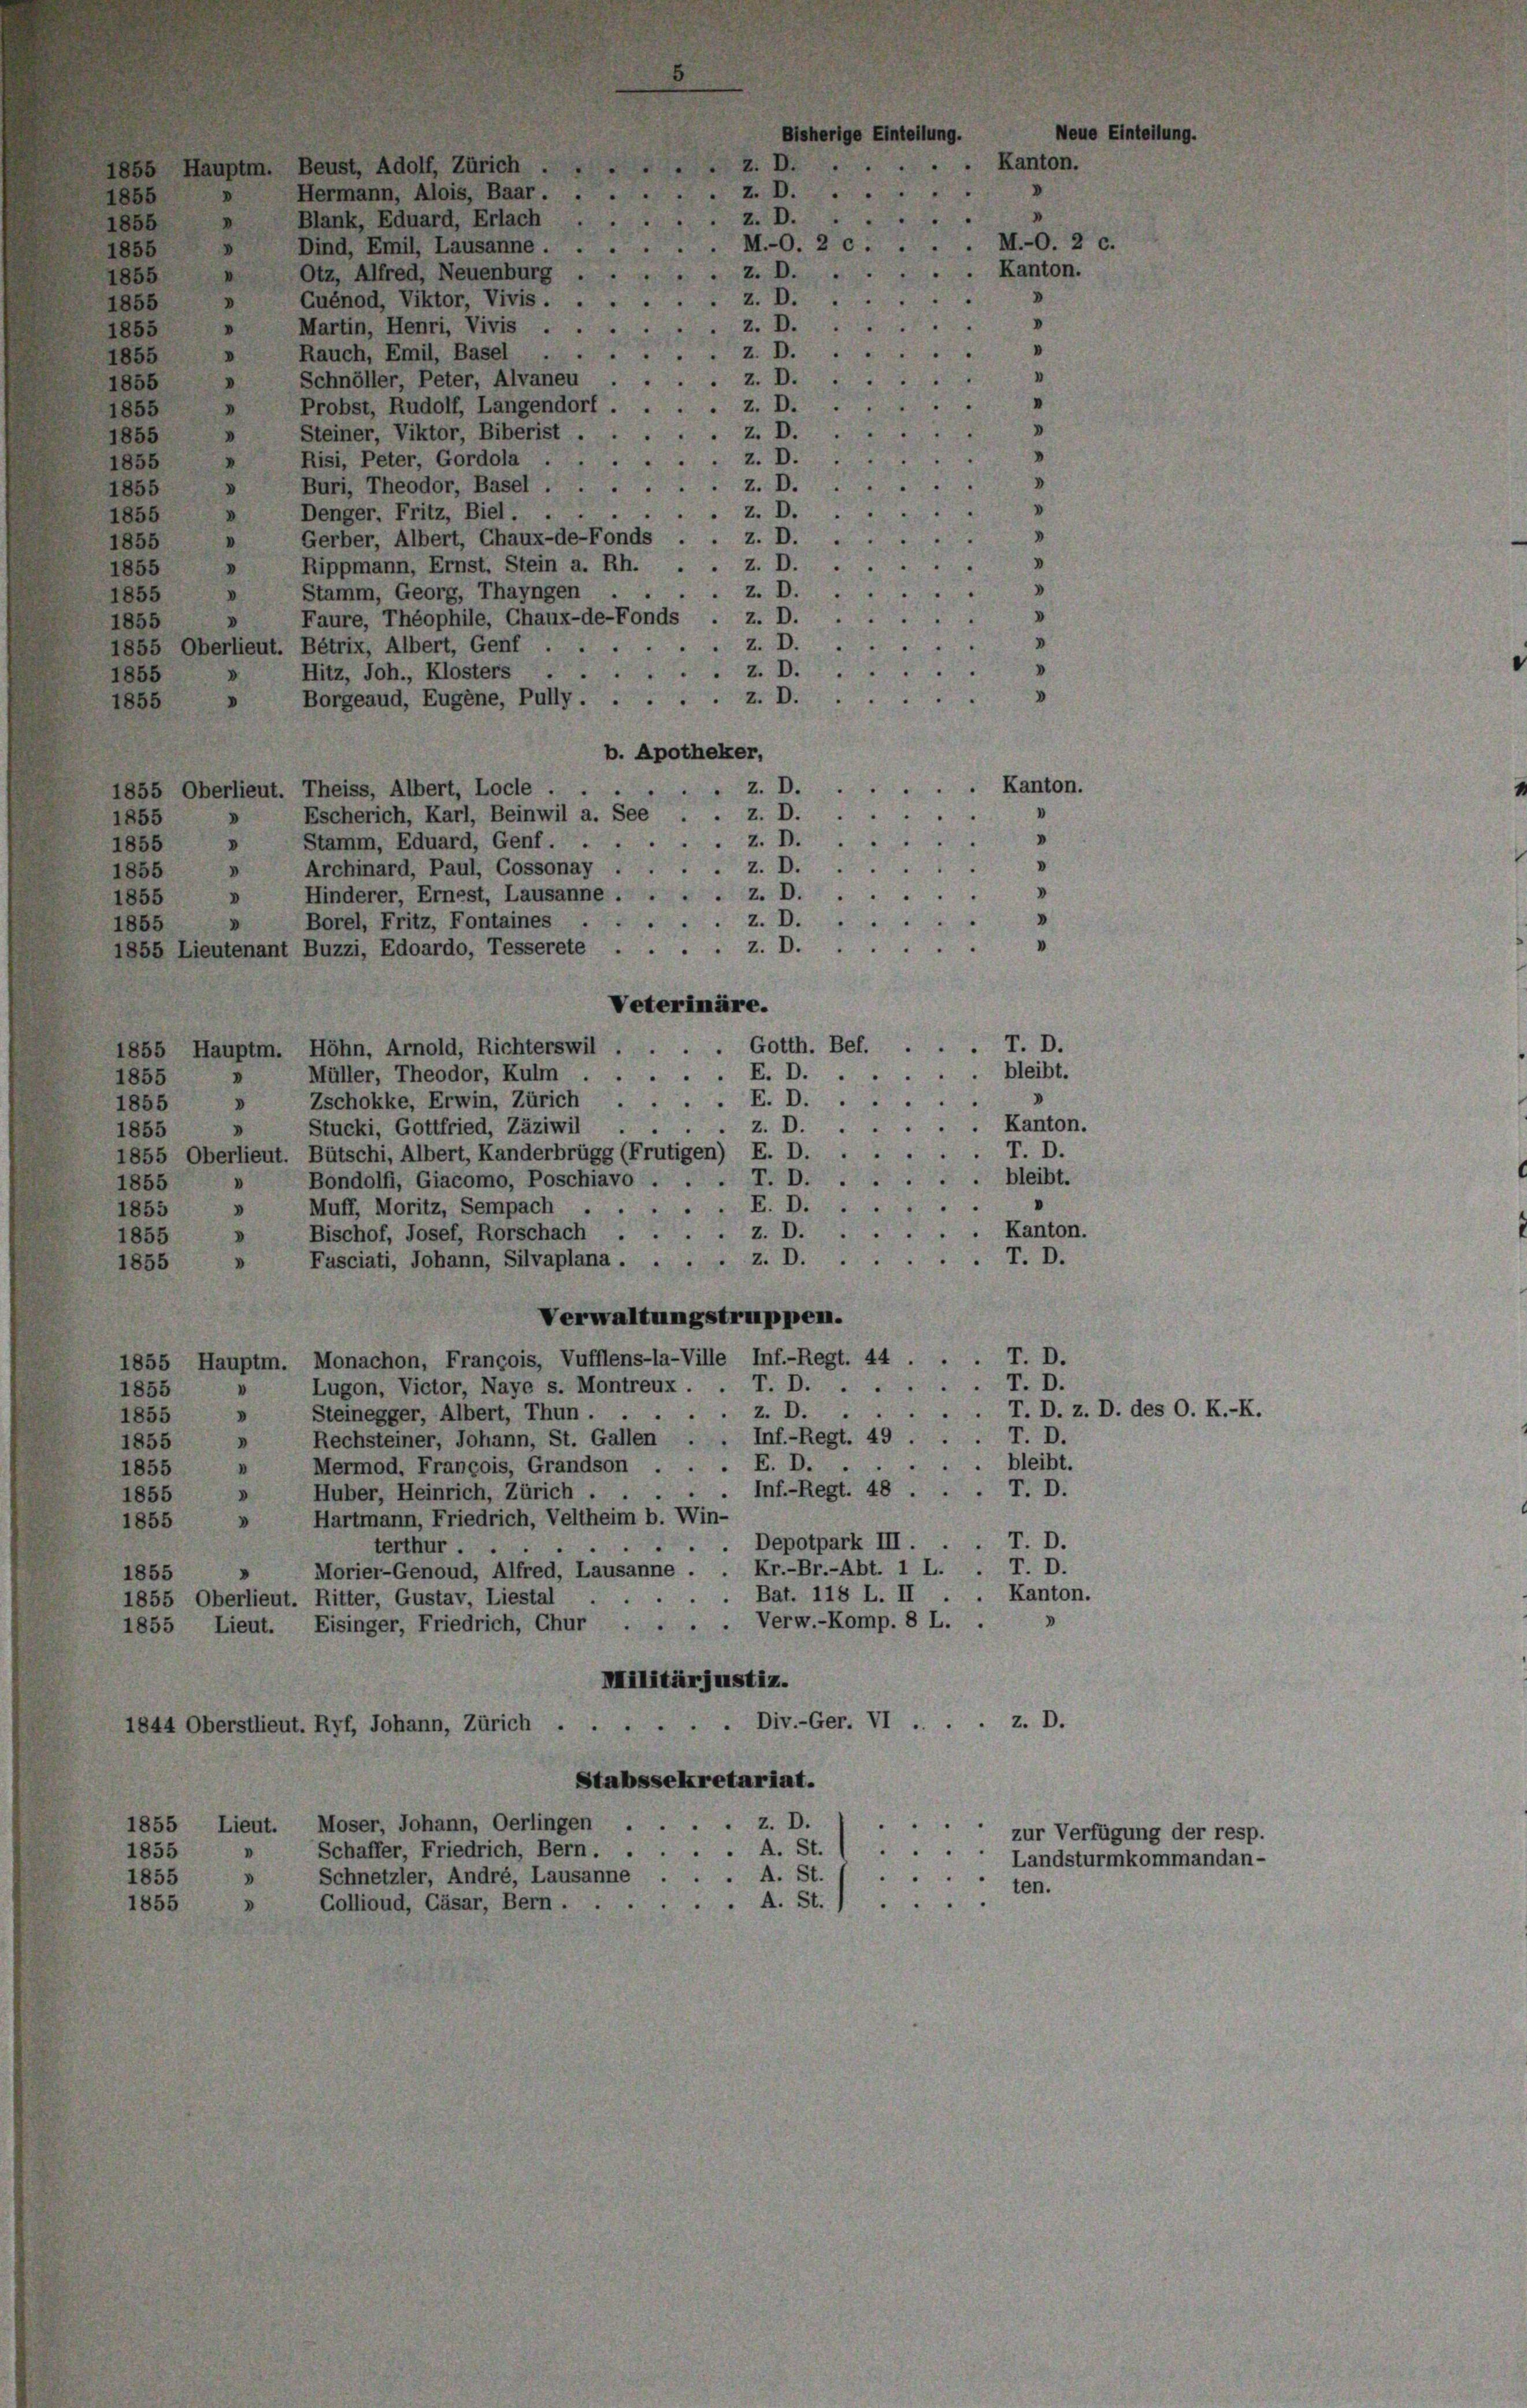
1855
d
1855
V
Martin, Henri, Vivis .
"
855
» Rauch, Emil, Basel
1855
»
Schnöller, Peter, Alvaneu
855
d
.
Probst, Rudolf, Langendorf
1855
.
Steiner, Viktor, Biberist
e
z. D.
1855
v
Risi, Peter, Gordola
z. D.
1855
z. D.
Buri, Theodor, Basel .
855
z. D.
Denger. Fritz, Biel.
855
z. D.
Gerber, Albert, Chaux-de-Fonds
V
1855
Rippmann, Ernst. Stein a. Rh.
z. D.
V
1855
Stamm, Georg, Thayngen .
z. D.
V
1855
z. D.
Faure, Théophile, Chaux-de-Fonds
d
1855
V
z. D.
1855 Oberlieut. Bétrix, Albert, Genf . .
z. D.
v
Hitz, Joh., Klosters ..
1855
d
z. D.
Borgeaud, Eugene, Pully.
1855
b. Apotheker,
Kanton.
z. D.
1855 Oberlieut. Theiss, Albert, Locle.
z. D.
Escherich, Karl, Beinwil a. See
1855
0
z. D.
1855 » Stamm, Eduard, Genf.
z. D.
Archinard, Paul, Cossonay
1855 »
V
Hinderer, Ernest, Lausanne.
z. D.
V
1855
z. D.
Borel, Fritz, Fontaines
.
1855
V
V
z. D.
1855 Lieutenant Buzzi, Edoardo, Tesserete . . .
Veterinäre.
.T. D.
1855 Hauptm. Höhn, Arnold, Richterswil . . . . Gotth. Bef.
bleibt.
E. D.
Müller, Theodor, Kulm . .
1855
E. D.
Zschokke, Erwin, Zürich
1855
D
Kanton.
z. D.
Stucki, Gottfried, Zäziwil
1855
T. D.
1855 Oberlieut. Bütschi, Albert, Kanderbrügg (Frutigen) E. D.
bleibt.
T. D.
Bondolfi, Giacomo, Poschiavo .
1855
V
E. D.
Muff, Moritz, Sempach . .
1855
d
Kanton.
z. D.
Bischof, Josef, Rorschach ...
1855
V
.T. D.
Fasciati, Johann, Silvaplana . . . . z. D.
d
1855
Verwaltungstruppen.
T. D.
1855 Hauptm. Monachon, Francois, Vufflens-la-Ville Inf.-Regt. 44.
T. D.
T. D.
Lugon, Victor, Naye s. Montreux.
1855
V
z.T. D. z. D. des O. K.-K.
Steinegger, Albert, Thun.
V
1855
Inf.-Regt. 49 . . . T. D.
1855 » Rechsteiner, Johann, St. Gallen
bleibt.
E. D.
Mermod, Francois, Grandson
1855
n
Inf.-Regt. 48 . .
T. D.
Huber, Heinrich, Zürich . .
1855 »
Hartmann, Friedrich, Veltheim b. Win-
v
1855
Depotpark III. . . T. D.
terthur ..
Kr.-Br.-Abt. 1 L. . T. D.
Morier-Genoud, Alfred, Lausanne.
1855
Bat. 118 L. II.
Kanton.
1855 Oberlieut. Ritter, Gustav, Liestal
.
1855 Lieut. Eisinger, Friedrich, Chur . . . Verw.-Komp. 8 L. .
Militärjustiz.
Div.-Ger. VI . .
z. D.
1844 Oberstlieut. Ryf, Johann, Zürich
Stabssekretariat.
z. D.
Moser, Johann, Oerlingen ...
1855
Lieut.
A. St.
1855 " Schaffer, Friedrich, Bern.
. A. St.
.
Schnetzler, André, Lausanne
1855
.
ten.
A. St.
3
1855
Gollioud, Cäsar, Bern.

Quénod, Viktor, Vivis.

M.-O. 2 c
z. D.
z. D.
z. D.
Z. D.
z. D.
z. D.

zur Verfügung der resp.
Landsturmkommandan-